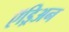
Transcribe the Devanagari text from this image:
ऍड्रिअन